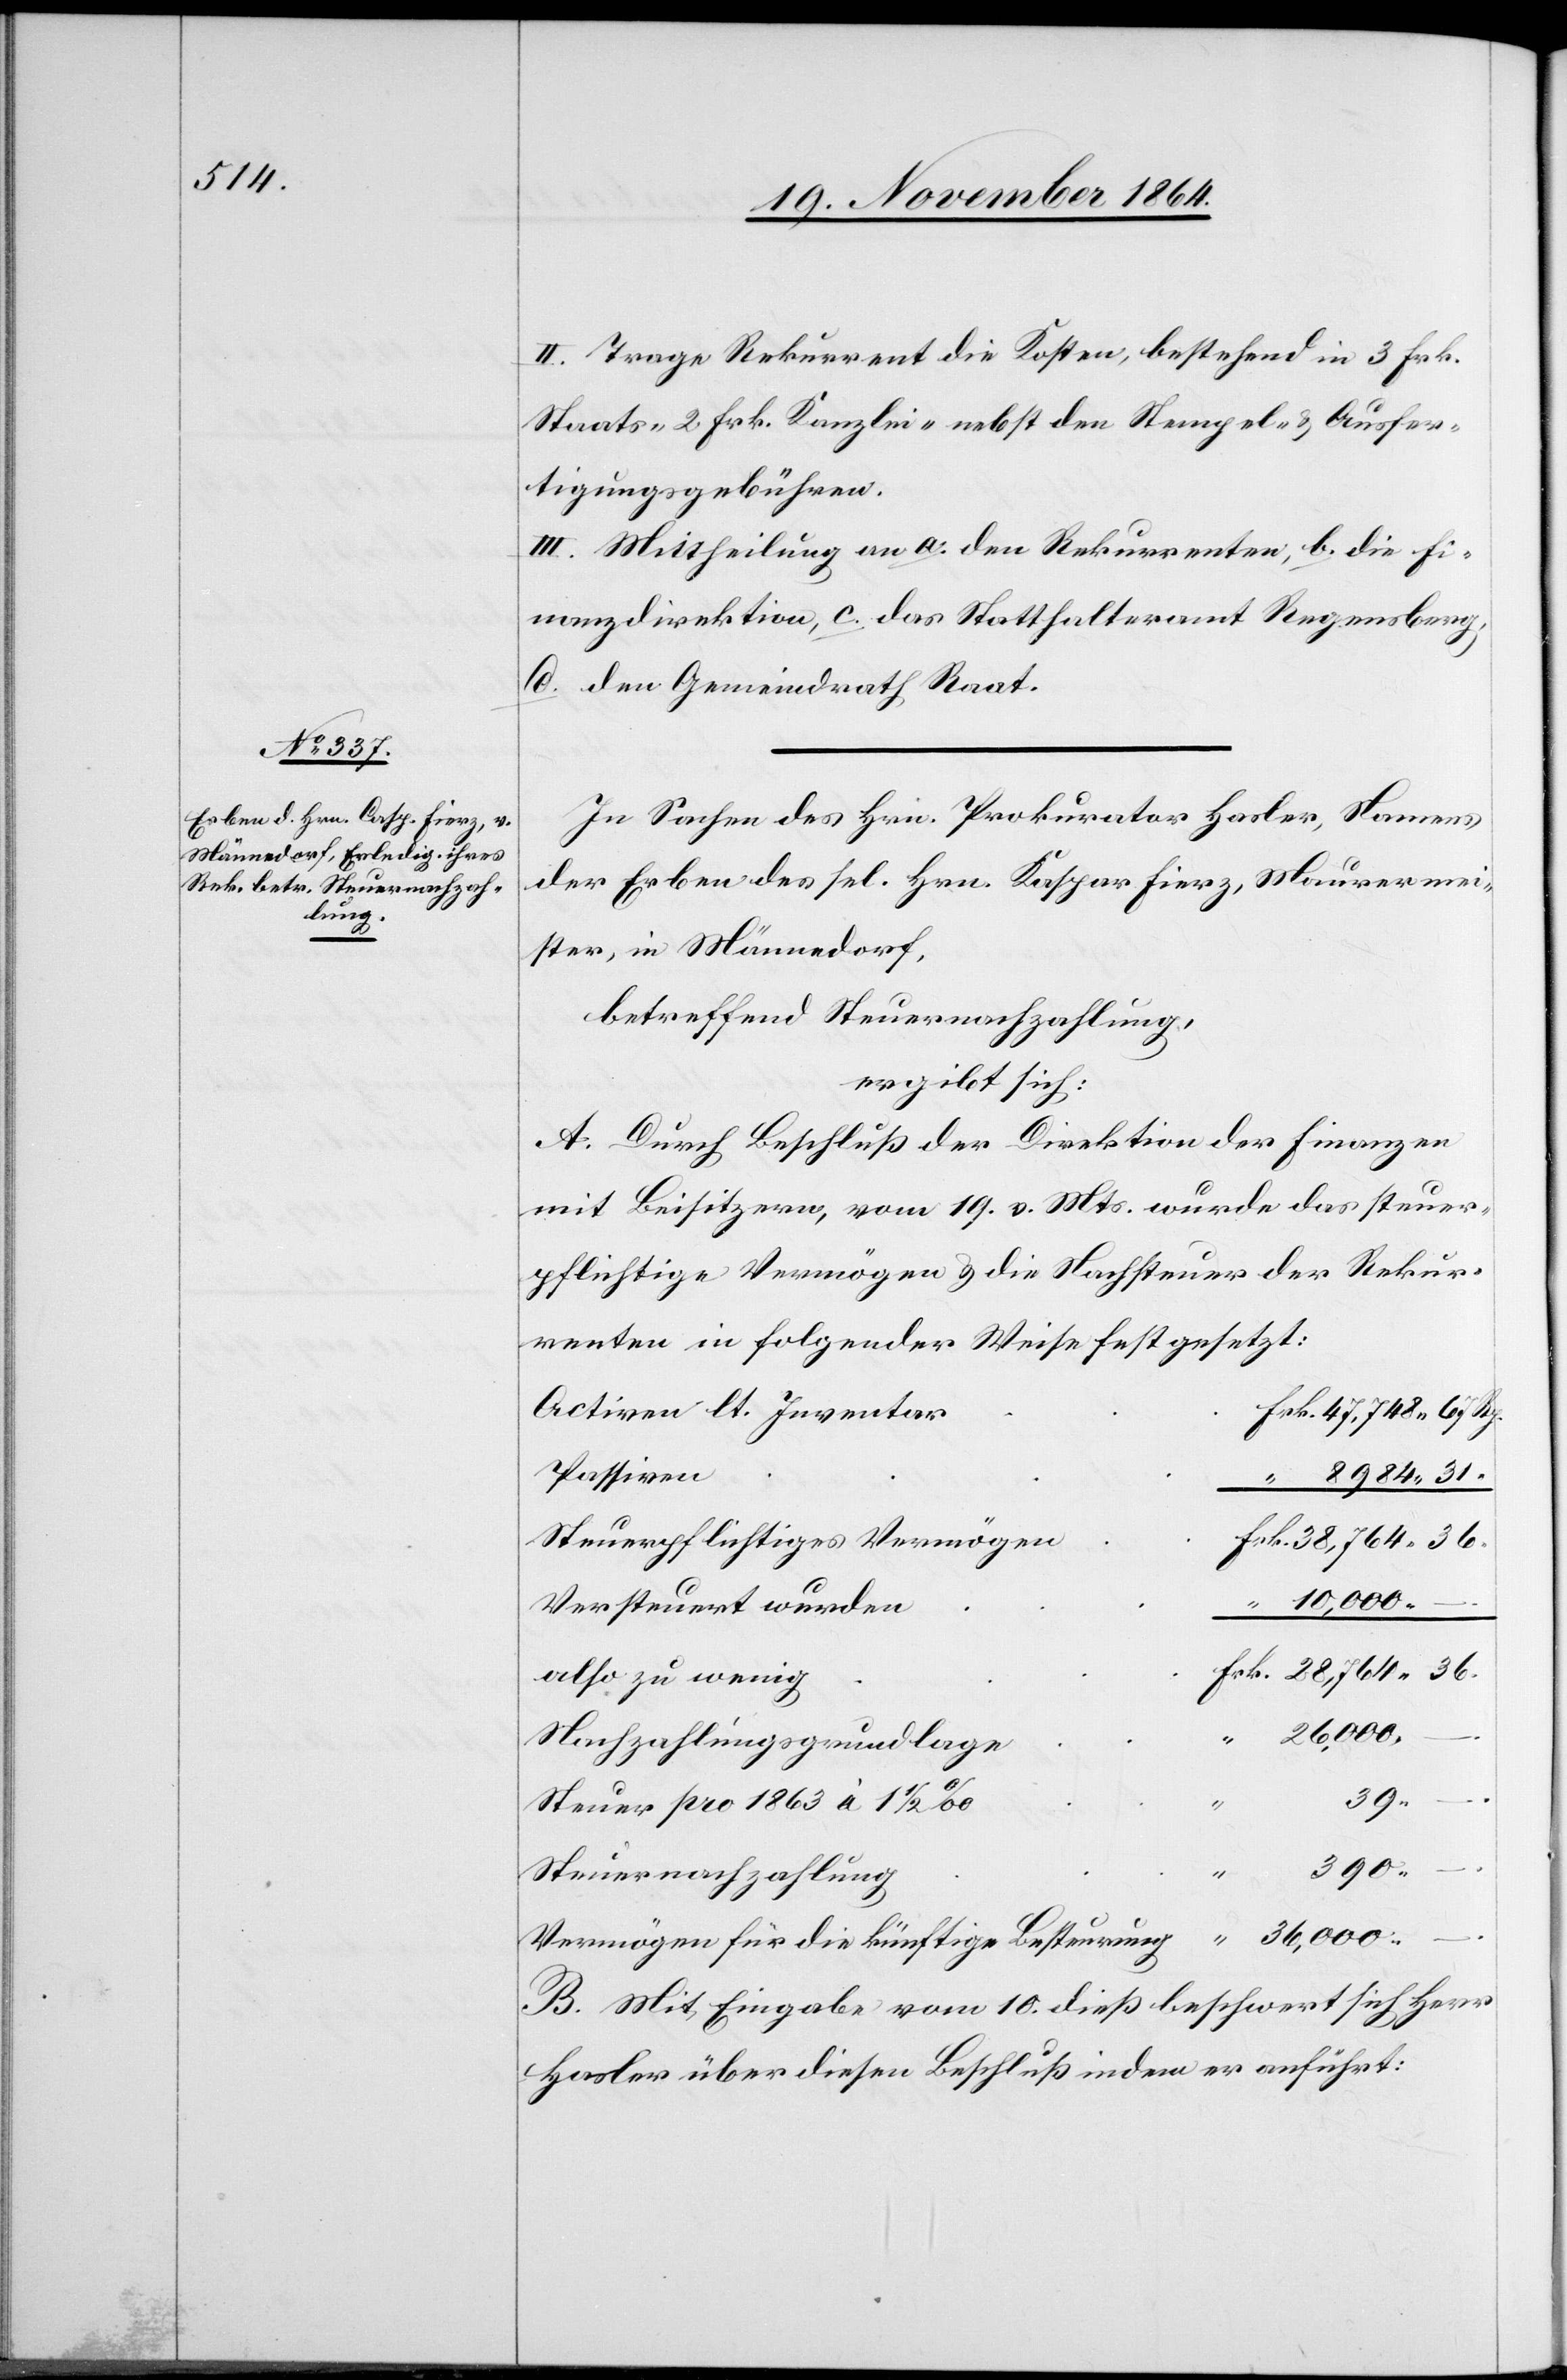
II. Trage Rekurrent die Kosten, bestehend in 3 Frk.
Staats- 2 Frk. Kanzlei- nebst den Stempel- & Ausfer¬
tigungsgebühren.
III. Mittheilung an a. den Rekurrenten, b. die Fi¬
nanzdirektion, c. das Statthalteramt Regensberg,
d. den Gemeindrath Raat.
In Sachen des Hrn. Prokurator Hasler, Namens
der Erben des sel. Hrn. Kaspar Fierz, Maurermei¬
ster, in Männedorf,
betreffend Steuernachzahlung,
ergibt sich:
A. Durch Beschluß der Direktion der Finanzen
mit Beisitzern, vom 19. v. Mts. wurde das steuer¬
pflichtige Vermögen & die Nachsteuer der Rekur¬
renten in folgender Weise festgesetzt:
Activen lt. Inventar
Passiven
8984.31
Steuerpflichtiges Vermögen
10,000. –
Versteuert wurden
also zu wenig
36,000.
.
Nachzahlungsgrundlage
.
39.
Steuer pro 1863 à 1 1/2‰
“
390.
.
Steuernachzahlung
Vermögen für die künftige Besteurung
B. Mit Eingabe vom 10. dieß beschwert sich Herr
Hasler über diesen Beschluß indem er anführt: